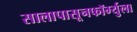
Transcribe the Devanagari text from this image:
सालापासूनफॉर्म्युला